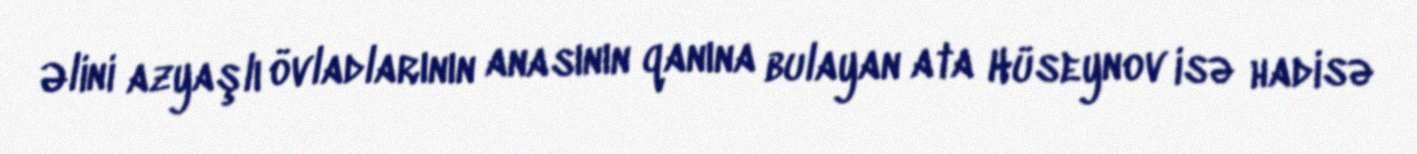
Əlini azyaşlı övladlarının anasının qanına bulayan ata Hüseynov isə hadisə